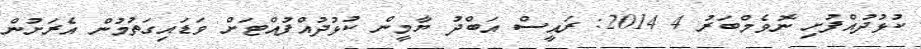
ކުޅުދުއްފުށި ނޮވެމްބަރު 4 2014: ރައީސް އަބްދު ޔާމީން ކުޅުދުއްފުއްޓަށް ވަޑައިގަތުމުން އެރަށުން